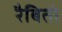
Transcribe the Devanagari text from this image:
रैबितो